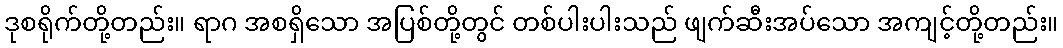
ဒုစရိုက်တို့တည်း။ ရာဂ အစရှိသော အပြစ်တို့တွင် တစ်ပါးပါးသည် ဖျက်ဆီးအပ်သော အကျင့်တို့တည်း။